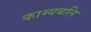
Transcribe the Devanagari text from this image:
काम्यबलि